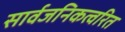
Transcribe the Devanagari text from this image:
सार्वजनिकत्वरित